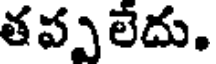
తప్పలేదు.